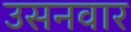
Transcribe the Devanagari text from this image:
उसनवार